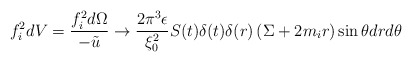
\begin{align*}f_{i}^{2}dV=\frac{f_{i}^{2}d\Omega }{-\tilde{u}}\rightarrow \frac{2\pi^{3}\epsilon }{\xi _{0}^{2}}S(t)\delta (t)\delta (r)\left( \Sigma+2m_{i}r\right) \sin \theta drd\theta\end{align*}